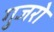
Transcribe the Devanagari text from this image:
गुजरो